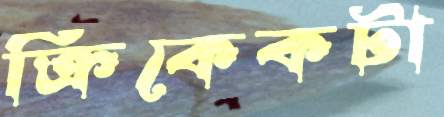
ক্রিকেকটা